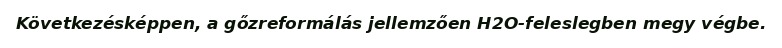
Következésképpen, a gőzreformálás jellemzően H2O-feleslegben megy végbe.